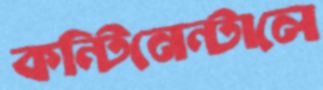
কন্টিনেন্টালে